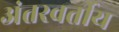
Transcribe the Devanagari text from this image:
अंतरवर्तीय